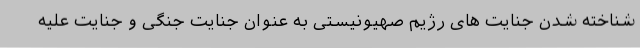
شناخته شدن جنایت های رژیم صهیونیستی به عنوان جنایت جنگی و جنایت علیه